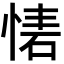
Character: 𢝇